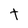
Character: t